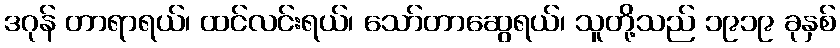
ဒဂုန် တာရာရယ်၊ ထင်လင်းရယ်၊ သော်တာဆွေရယ်၊ သူတို့သည် ၁၉၁၉ ခုနှစ်